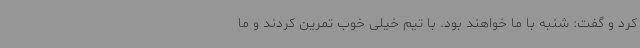
کرد و گفت: شنبه با ما خواهند بود. با تیم خیلی خوب تمرین کردند و ما